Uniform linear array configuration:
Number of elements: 4
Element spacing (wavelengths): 0.5
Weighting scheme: exponential
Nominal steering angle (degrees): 15
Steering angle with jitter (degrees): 13.816
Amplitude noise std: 0.05
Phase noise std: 0.05

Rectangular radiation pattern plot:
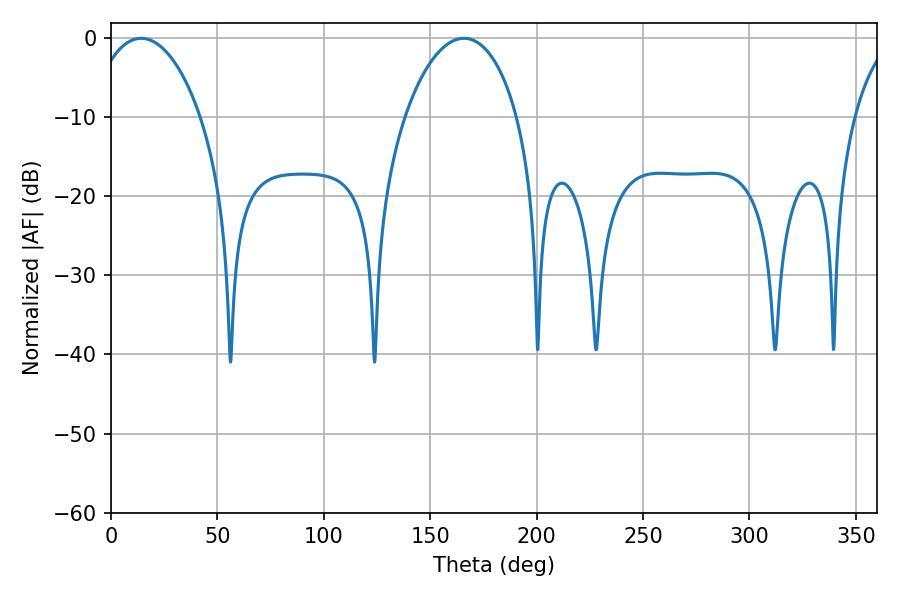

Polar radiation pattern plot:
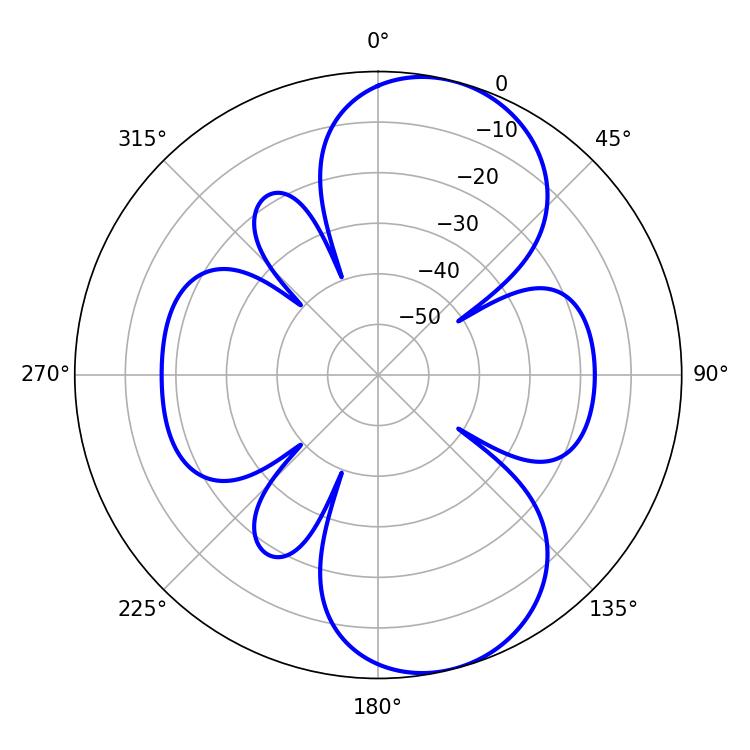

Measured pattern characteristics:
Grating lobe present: FALSE
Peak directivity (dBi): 8.684
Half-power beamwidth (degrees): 29.7
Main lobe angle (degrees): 14.22